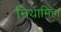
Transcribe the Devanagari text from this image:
नियामिहा